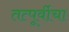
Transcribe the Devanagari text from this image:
तत्पूर्वीचा